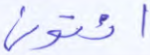
ائتوني